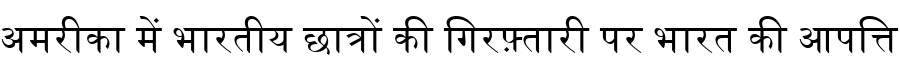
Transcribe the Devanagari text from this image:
अमरीका में भारतीय छात्रों की गिरफ़्तारी पर भारत की आपत्ति